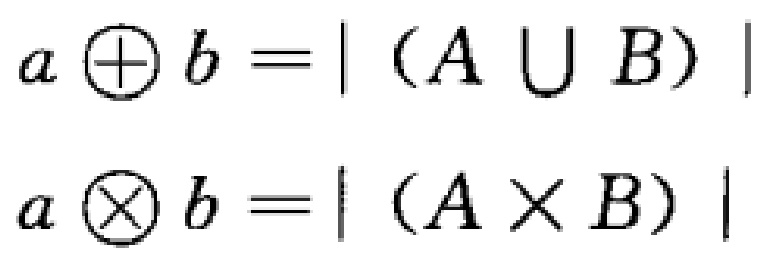
\[
a \oplus b = |(A \cup B)| \\
a \otimes b = |(A \times B)|
\]